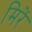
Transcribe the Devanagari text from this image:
मिरें